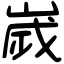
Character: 嵗